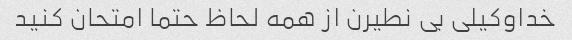
خداوکیلی بی نطیرن از همه لحاظ حتما امتحان کنید